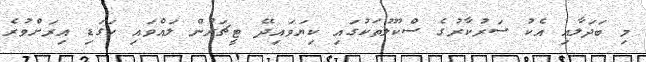
މި ބަދަލާއި އެކު ސަރުކާރުގެ ސްކޫލުތަކުގައި ކިޔަވައިދޭ ޓީޗަރުން ލައްވައި ހަގަޑި އިރަށްވުރެ